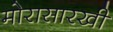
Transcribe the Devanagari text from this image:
मोरासारखी